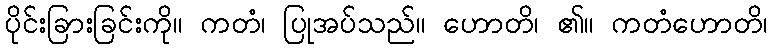
ပိုင်းခြားခြင်းကို။ ကတံ၊ ပြုအပ်သည်။ ဟောတိ၊ ၏။ ကတံဟောတိ၊